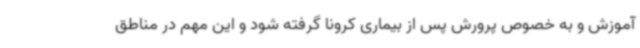
آموزش و به خصوص پرورش پس از بیماری کرونا گرفته شود و این مهم در مناطق